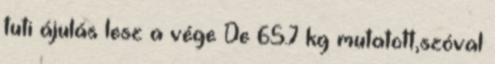
tuti ájulás lesz a vége De 65.7 kg mutatott,szóval